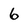
Character: 6